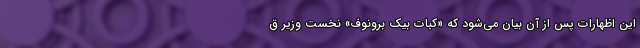
این اظهارات پس از آن بیان می‌شود که «کبات بیک برونوف» نخست وزیر ق